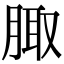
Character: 𦝒